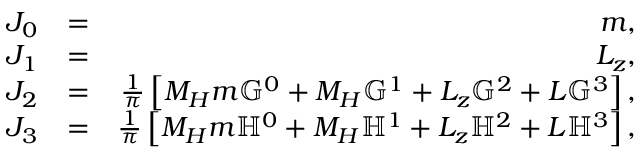
\begin{array} { r l r } { J _ { 0 } } & { = } & { m , } \\ { J _ { 1 } } & { = } & { L _ { z } , } \\ { J _ { 2 } } & { = } & { \frac { 1 } { \pi } \left[ M _ { H } m \mathbb { G } ^ { 0 } + M _ { H } \mathbb { G } ^ { 1 } + L _ { z } \mathbb { G } ^ { 2 } + L \mathbb { G } ^ { 3 } \right] , } \\ { J _ { 3 } } & { = } & { \frac { 1 } { \pi } \left[ M _ { H } m \mathbb { H } ^ { 0 } + M _ { H } \mathbb { H } ^ { 1 } + L _ { z } \mathbb { H } ^ { 2 } + L \mathbb { H } ^ { 3 } \right] , } \end{array}